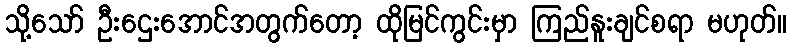
သို့သော် ဦးဌေးအောင်အတွက်တော့ ထိုမြင်ကွင်းမှာ ကြည်နူးချင်စရာ မဟုတ်။